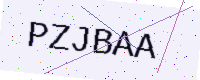
Text: PZJBAA